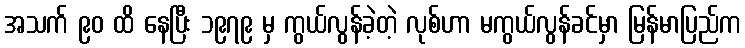
အသက် ၉၀ ထိ နေပြီး ၁၉၇၉ မှ ကွယ်လွန်ခဲ့တဲ့ လုစ်ဟာ မကွယ်လွန်ခင်မှာ မြန်မာပြည်က